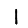
Digit: 1